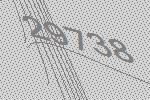
29738